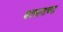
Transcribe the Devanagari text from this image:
कासाराच्या